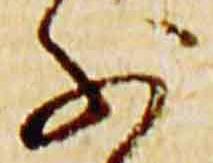
少